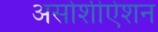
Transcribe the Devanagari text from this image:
असोशीऐशन